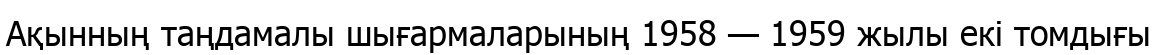
Ақынның таңдамалы шығармаларының 1958 — 1959 жылы екі томдығы